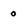
Character: 0